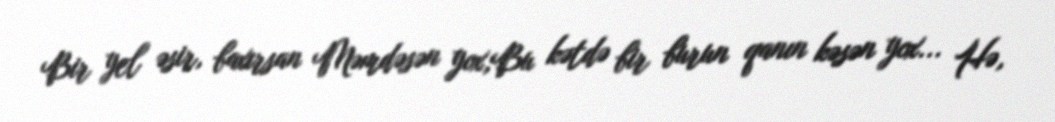
Bir yel əsir, baxırsan Məmdəsən yox,Bu kətdə bir burun qanın kəsən yox... Hə,